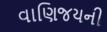
વાણિજયની